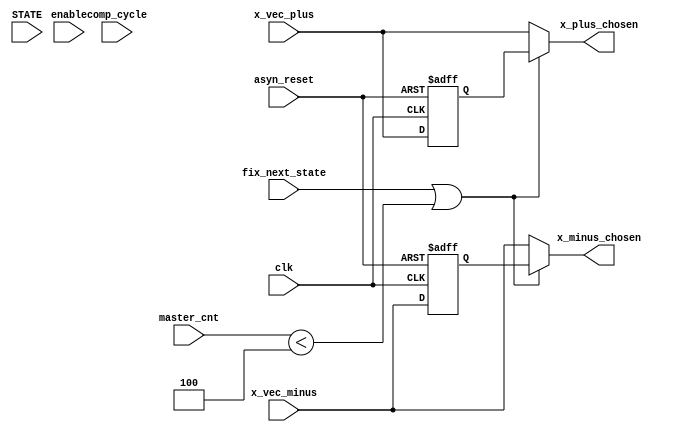
module vector_delay(x_vec_plus, x_vec_minus, clk, STATE, master_cnt, x_plus_chosen, x_minus_chosen, enable,fix_next_state, asyn_reset,comp_cycle);



parameter UNROLLING= 4;
parameter RAM_ADDR_WIDTH=7;
parameter START=3'd0;
parameter WRITE_IN=3'd1;
parameter READ_OUT=3'd2;
parameter READ_OUT_LAST_LINE=3'd3;
parameter END=3'd4;


input clk;
input enable;
input asyn_reset;
input [2:0] STATE;
input[RAM_ADDR_WIDTH+2-1:0] master_cnt;
input [RAM_ADDR_WIDTH-1:0] comp_cycle;

input[(UNROLLING-1):0] x_vec_plus, x_vec_minus;
output[(UNROLLING-1):0] x_plus_chosen, x_minus_chosen;

input fix_next_state;
reg[(UNROLLING-1):0] x_plus_delayed, x_minus_delayed;
reg[(UNROLLING-1):0] x_plus_chosen, x_minus_chosen;
/*
always @ (posedge clk or posedge asyn_reset) begin 
	if (asyn_reset == 1) begin
		fix_next_state <= 0;
	end
	else begin
		if (enable == 1) begin
			if (STATE == WRITE_IN) begin
				fix_next_state <= 1;
			end
			if (fix_next_state == 1) begin
				fix_next_state <= 0;
			end
		end
	end	
end
*/
	

always @ (posedge clk or posedge asyn_reset) begin
	if (asyn_reset == 1) begin
		x_plus_delayed <= 0;
		x_minus_delayed <= 0;
	end
	else begin
	//	if (STATE == START) begin
			x_plus_delayed <= x_vec_plus;
			x_minus_delayed <= x_vec_minus;
	//	end
	end
end


always @ (*) begin
	if(fix_next_state == 1 || master_cnt < 4)begin
		/*case (master_cnt [1:0])
			2'b01: begin
				x_plus_delayed <= {1'b0, x_vec_plus [2:0]};
				x_minus_delayed <= {1'b0, x_vec_minus [2:0]};
			end
			2'b10: begin
				x_plus_delayed <= {x_vec_plus[3],1'b0,x_vec_plus[1:0]};
				x_minus_delayed <= {x_vec_minus[3],1'b0,x_vec_minus[1:0]};
			end
			2'b11: begin
				x_plus_delayed <= {x_vec_plus[3:2],1'b0,x_vec_plus[0]};
				x_minus_delayed <= {x_vec_minus[3:2],1'b0,x_vec_minus[0]};
			end
			2'b00: begin
				x_plus_delayed <= {x_vec_plus[3:1],1'b0};
				x_minus_delayed <= {x_vec_minus[3:1],1'b0};
			end
			default: begin
				x_plus_delayed <= x_vec_plus;
				x_minus_delayed <= x_vec_minus;
			end
		endcase*/
		x_plus_chosen <= x_plus_delayed;
		x_minus_chosen <= x_minus_delayed;
	end
	else begin 
	/*
		x_plus_delayed <= x_vec_plus;
		x_minus_delayed <= x_vec_minus;
	*/
		x_plus_chosen <= x_vec_plus;
		x_minus_chosen <= x_vec_minus;
	end
end

endmodule